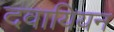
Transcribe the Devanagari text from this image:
दवायियन